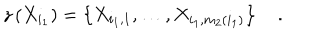
z \left( X _ { i _ { 1 } } \right) = \left\{ X _ { i _ { 1 } , 1 } , \ldots , X _ { i _ { 1 } , m _ { 2 } \left( i _ { 1 } \right) } \right\} \quad .